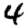
Digit: 4